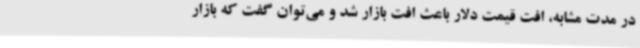
در مدت مشابه، افت قیمت دلار باعث افت بازار شد و می‌توان گفت که بازار